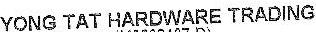
YONG TAT HARDWARE TRADING